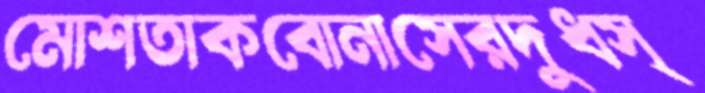
মোশতাকবোনাসেরদুধস্